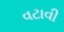
વટાવી